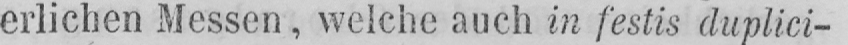
erlichen Messen, welche auch in festis duplici-